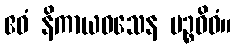
ဧဝံ နိကာယဝသေန ပဉ္စဝိဓံ။